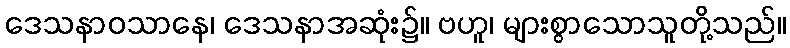
ဒေသနာဝသာနေ၊ ဒေသနာအဆုံး၌။ ဗဟူ၊ များစွာသောသူတို့သည်။